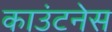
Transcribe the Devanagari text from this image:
काउंटनेस